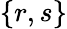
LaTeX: \left\lbrace r,s\right\rbrace